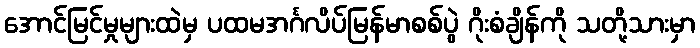
အောင်မြင်မှုများထဲမှ ပထမအင်္ဂလိပ်မြန်မာစစ်ပွဲ ဂိုးစံချိန်ကို သတို့သားမှာ